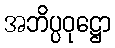
အဘိပ္ပဝုဋ္ဌော